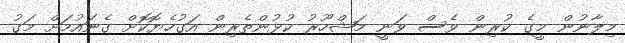
މިލާނުން މީގެ ކުރިން ވެސް ވަނީ މަޝްހޫރު ކުޅުންތެރިން އަގުހެޔޮކޮށް ގެނައުމަށް މަގު